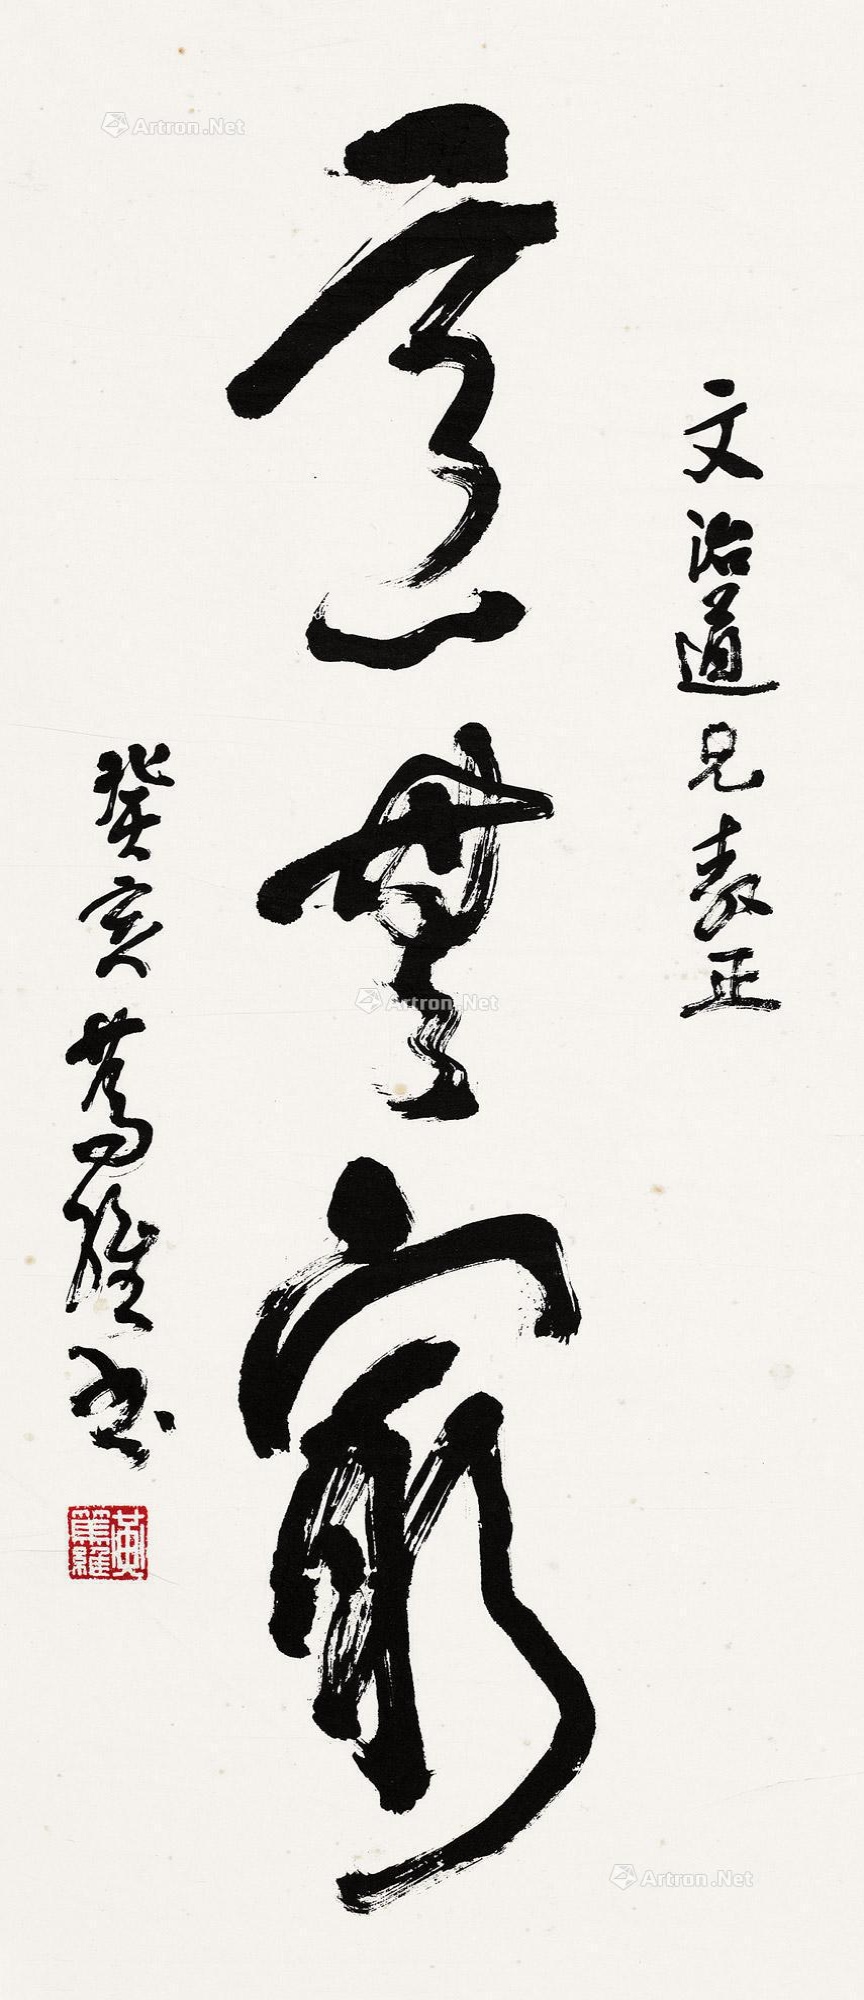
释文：意无穷。文治道兄教正，癸亥笃维书。